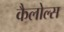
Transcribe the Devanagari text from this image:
कैलोल्स